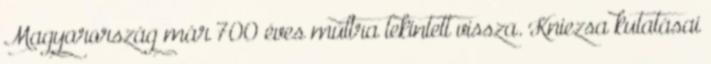
Magyarország már 700 éves múltra tekintett vissza. Kniezsa kutatásai